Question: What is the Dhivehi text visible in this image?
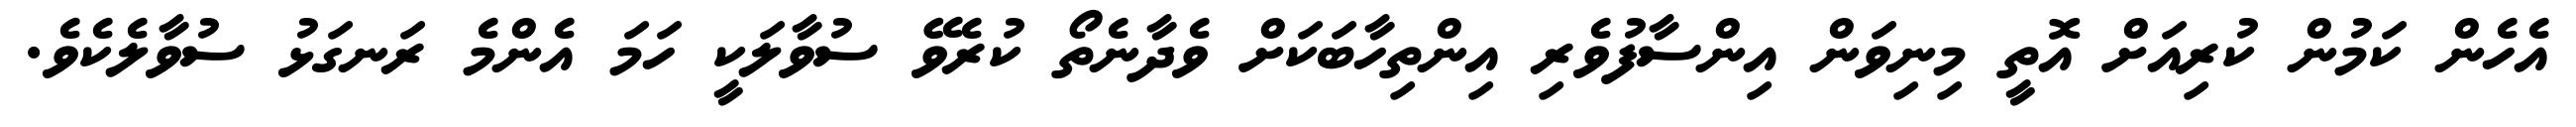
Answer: އެހެން ކަމުން ކުރިއަށް އޮތީ މިނިވަން އިންސާފުވެރި އިންތިހާބަކަށް ވެދާނެތޯ ކުރެވޭ ސުވާލަކީ ހަމަ އެންމެ ރަނގަޅު ސުވާލެކެވެ.